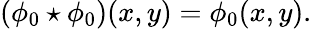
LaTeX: (\phi_{0}\star\phi_{0})(x,y)=\phi_{0}(x,y).